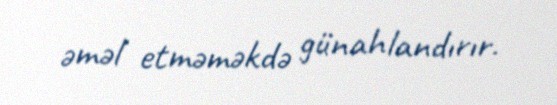
əməl etməməkdə günahlandırır.